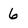
Character: 6